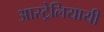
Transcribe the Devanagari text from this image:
आस्ट्रेलियायी